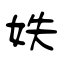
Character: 妋